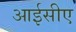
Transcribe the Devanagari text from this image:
आईसीए